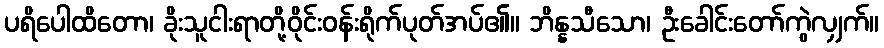
ပရိပေါထိတော၊ ခိုးသူငါးရာတို့ဝိုင်းဝန်းရိုက်ပုတ်အပ်၏။ ဘိန္နသီသော၊ ဦးခေါင်းတော်ကွဲလျှက်။